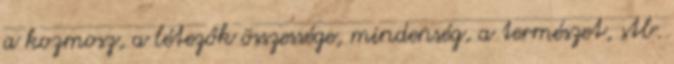
a kozmosz, a létezők összessége, mindenség, a természet, stb.